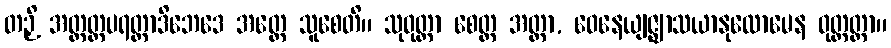
တဉှိ အတ္တတ္ထပရတ္ထာဒိဘေဒေ အတ္ထေ သူစေတိ။ သုဝုတ္တာ စေတ္ထ အတ္ထာ, ဝေနေယျဇ္ဈာသယာနုလောမေန ဝုတ္တတ္တာ။